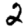
Digit: 2